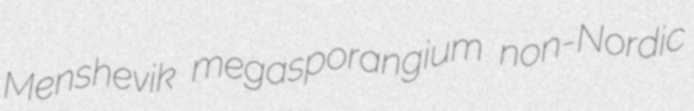
Menshevik megasporangium non-Nordic